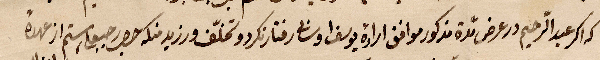
...عبد الرحيم ورعرض مدة مذكور موافق إرادة يوسف... ورفتار دو تخلّف ورزيد منك حصة ... رستم از عهده